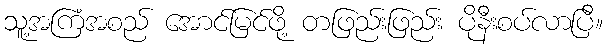
သူ့အကြံအစည် အောင်မြင်ဖို့ တဖြည်းဖြည်း ပိုနီးစပ်လာပြီ။